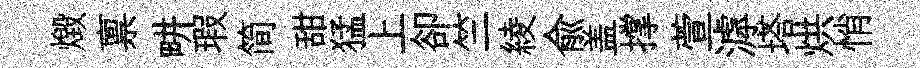
燬禀畊瑕简甜猛上卻竺綾兪盖撑萱滹塔烘悄